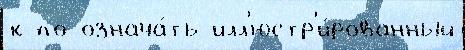
к по означа́ть илл'юстр'и́рованный